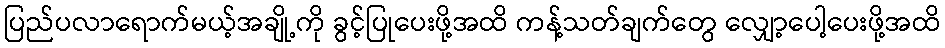
ပြည်ပလာရောက်မယ့်အချို့ကို ခွင့်ပြုပေးဖို့အထိ ကန့်သတ်ချက်တွေ လျှော့ပေါ့ပေးဖို့အထိ